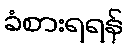
ခံစားရရန်